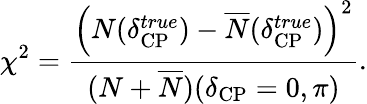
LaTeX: \chi^{2}=\frac{\left(N(\delta_{\mathrm{CP}}^{true})-\overline{{N}}(\delta_{\mathrm{CP}}^{true})\right)^{2}}{(N+\overline{{N}})(\delta_{\mathrm{CP}}=0,\pi)}.